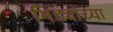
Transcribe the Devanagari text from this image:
भिड्यांच्या